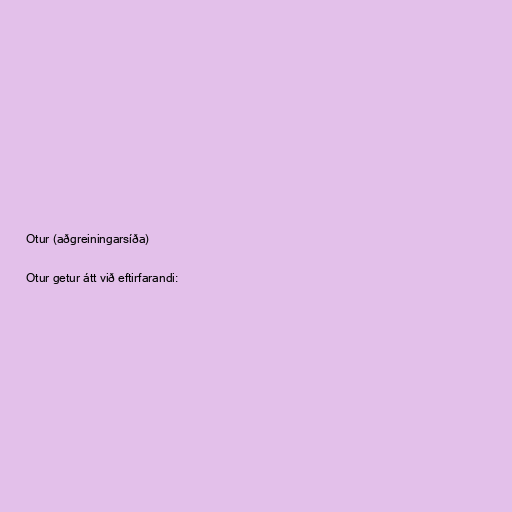
Otur (aðgreiningarsíða)

Otur getur átt við eftirfarandi: